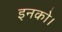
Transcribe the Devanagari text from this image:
इनको।